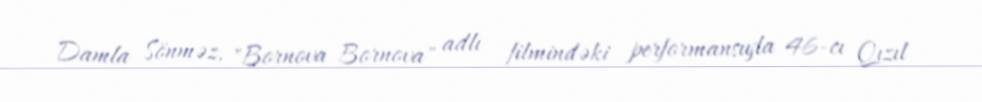
Damla Sönməz, "Bornova Bornova" adlı filmindəki performansıyla 46-cı Qızıl